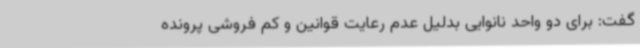
گفت: برای دو واحد نانوایی بدلیل عدم رعایت قوانین و کم فروشی پرونده